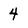
Character: 4